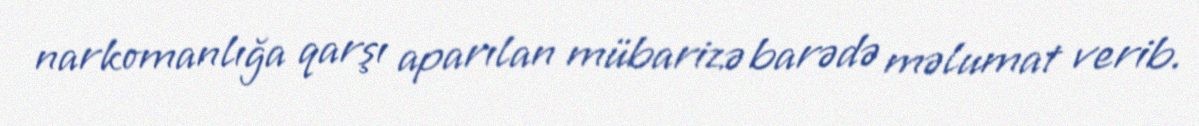
narkomanlığa qarşı aparılan mübarizə barədə məlumat verib.